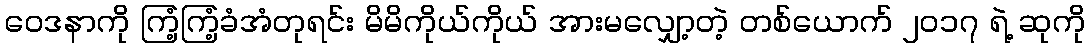
ဝေဒနာကို ကြံ့ကြံ့ခံအံတုရင်း မိမိကိုယ်ကိုယ် အားမလျှော့တဲ့ တစ်ယောက် ၂၀၁၇ ရဲ့ ဆုကို